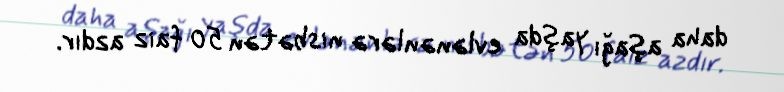
daha aşağı yaşda evlənənlərə nisbətən 50 faiz azdır.